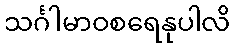
သင်္ဂါမာဝစရေနုပါလိ